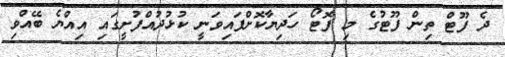
ދެ ފޫޓް ތިން ފޫޓުގެ މި ފޮޓޯ ހަދިޔާކޮށްފައިވަނީ ކުޅުދުއްފުށީގައި އިއްޔެ ބޭއްވި